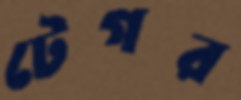
টেগর